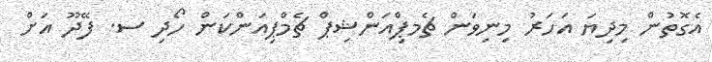
އެގޮތުން މިދިޔަ އަހަރު މިނިވަން ޗެމޕްިއަންޝިޕް ޗެމްޕިއަންކަން ހޯދި ސ. ފޭދޫ އަށް